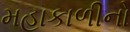
મહાકાળીનો